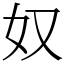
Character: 奴